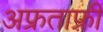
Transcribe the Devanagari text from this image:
अफ्रताफ़्री